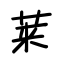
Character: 莱